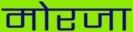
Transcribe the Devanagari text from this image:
मोरजा